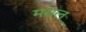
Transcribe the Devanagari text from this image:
मसल्‌